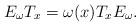
LaTeX: \begin{align*}E_{\omega} T_x = \omega (x) T_x E_{\omega}.\end{align*}